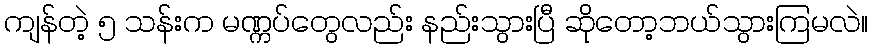
ကျန်တဲ့ ၅ သန်းက မဏ္ကပ်တွေလည်း နည်းသွားပြီ ဆိုတော့ဘယ်သွားကြမလဲ။